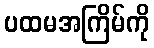
ပထမအကြိမ်ကို